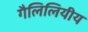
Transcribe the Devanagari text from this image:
गैलिलियीय